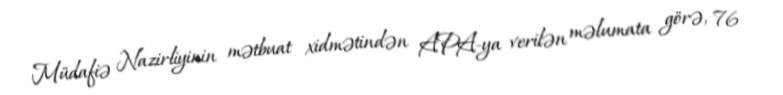
Müdafiə Nazirliyinin mətbuat xidmətindən APA-ya verilən məlumata görə, 76